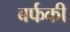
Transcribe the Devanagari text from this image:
बर्फकी